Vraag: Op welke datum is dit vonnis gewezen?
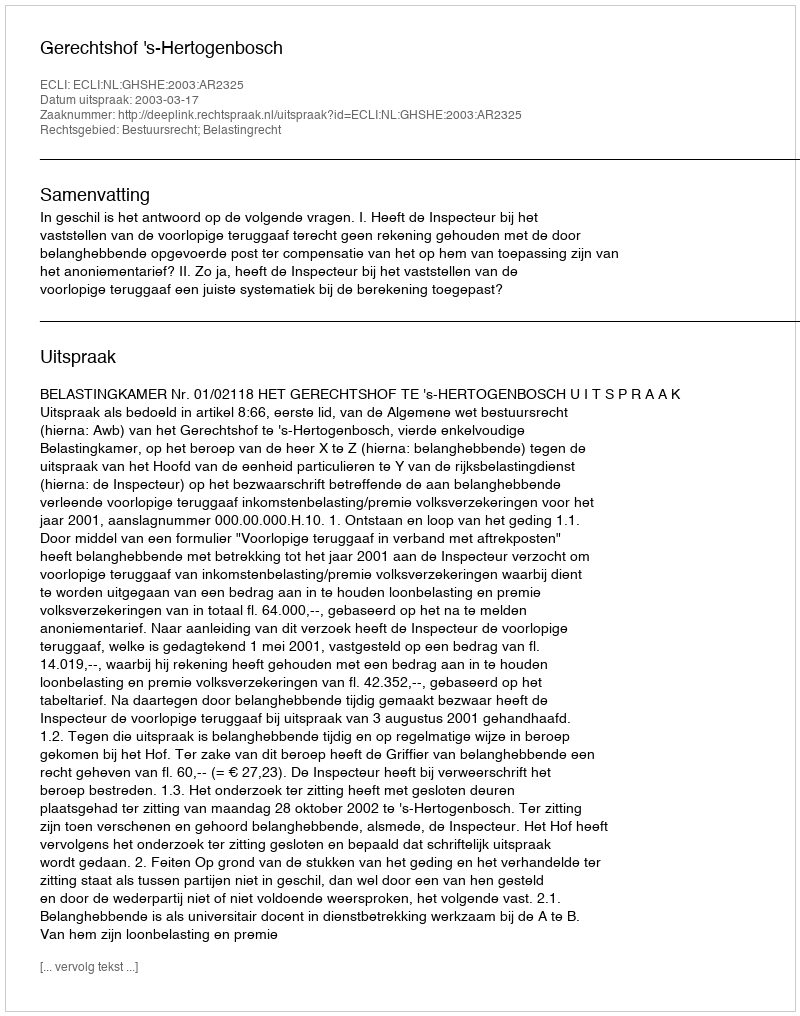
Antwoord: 2003-03-17